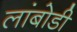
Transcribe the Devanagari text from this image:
लांबोडी